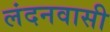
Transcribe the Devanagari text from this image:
लंदनवासी